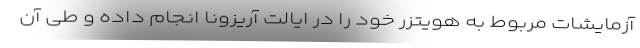
آزمایشات مربوط به هویتزر خود را در ایالت آریزونا انجام داده و طی آن